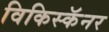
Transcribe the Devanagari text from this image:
विकिस्कॅनर